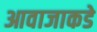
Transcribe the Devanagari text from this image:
आवाजाकडे